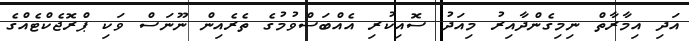
އަދި އިމާރާތް ނިމިގެންދާއިރު މިއަދު ސޮއިކުރި އެއްބަސްވުމުގެ ތެރެއިން ނޫނަސް ވަކި ޕްރޮޖެކްޓެއްގެ